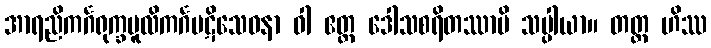
အာရညိကင်္ဂရုက္ခမူလိကင်္ဂပဋိသေဝနာ ဝါ ဧတ္ထ ဒေါသစရိတဿာပိ သပ္ပါယာ။ တတ္ထ ဟိဿ